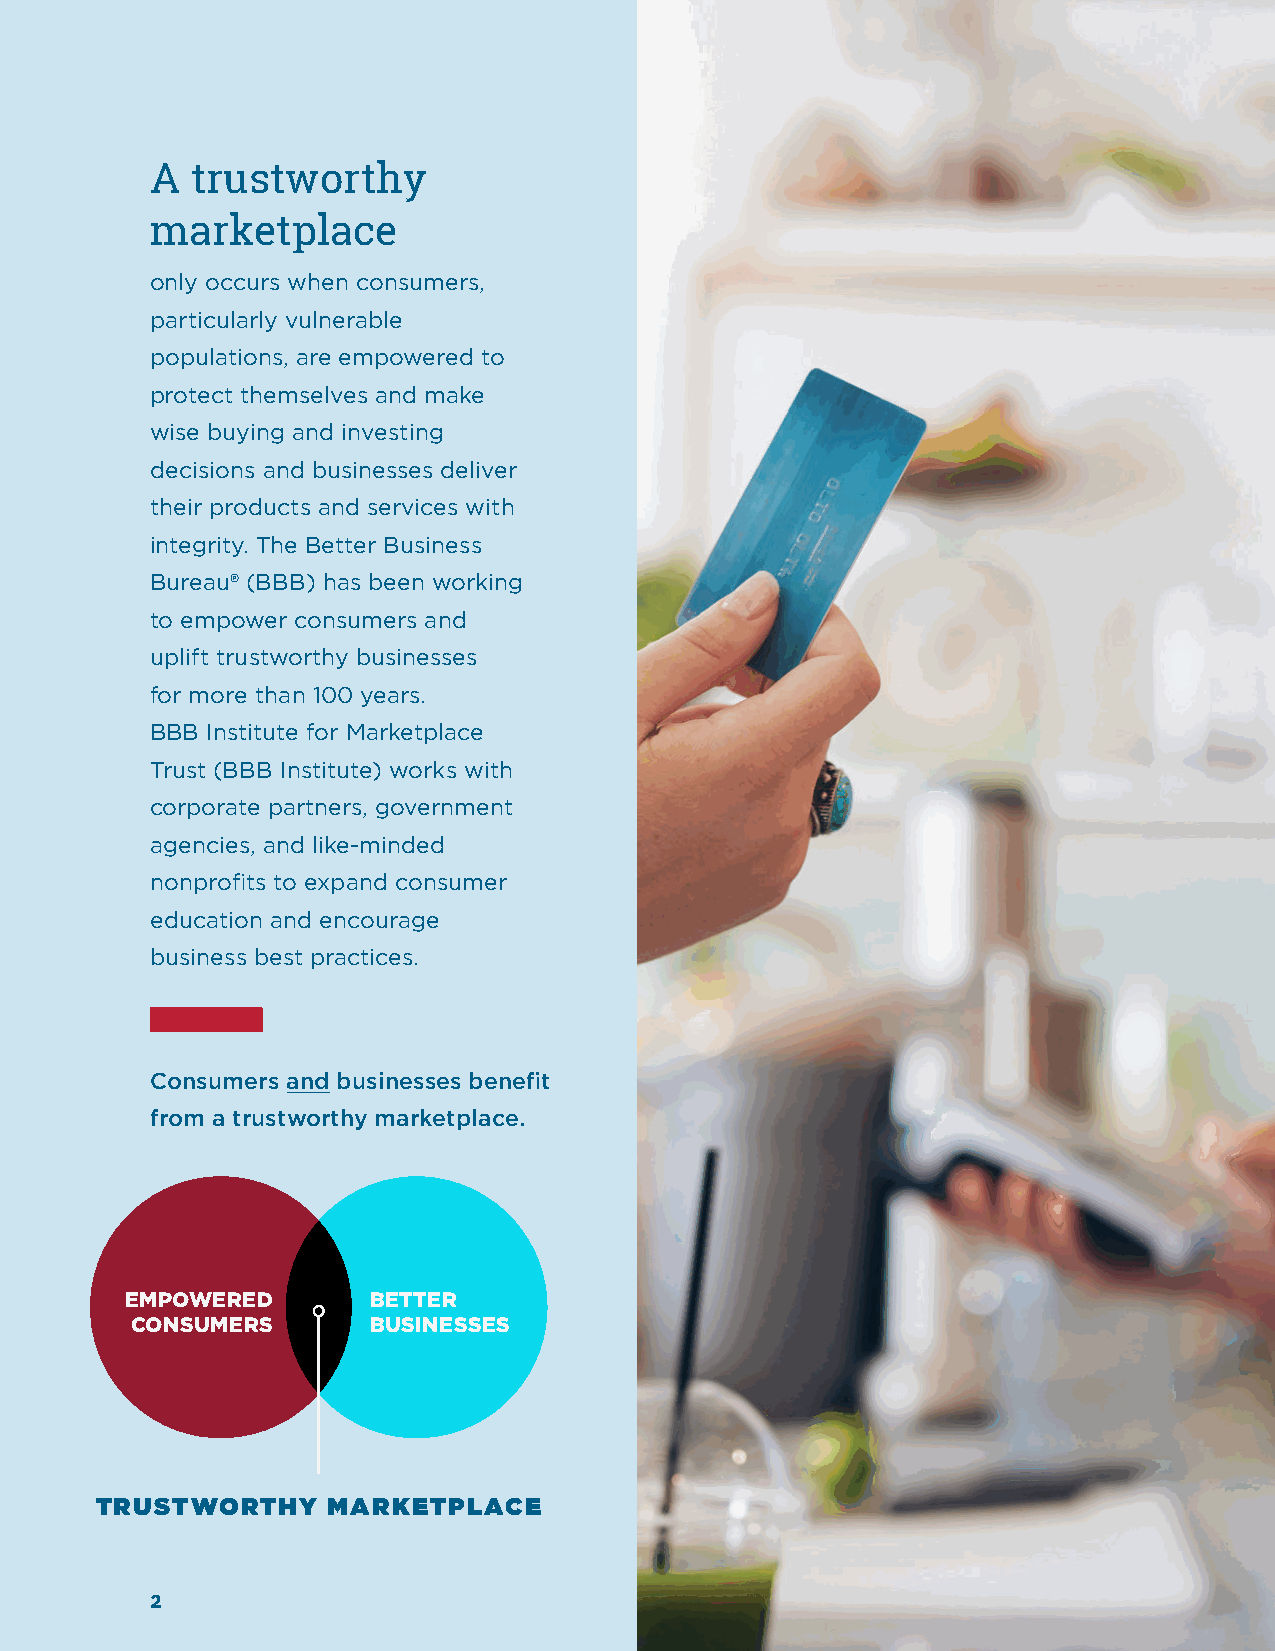
A  trustworthy
 marketplace
 only occurs when consumers,
 particularly vulnerable
 populations, are empowered to
 protect themselves and make
 wise buying and investing
 decisions and businesses deliver
 their products and services with
 integrity. The Better Business
 Bureau® (BBB) has been working
 to empower consumers and
 uplift trustworthy businesses
 for more than 100 years.
 BBB Institute for Marketplace
 Trust (BBB Institute) works with
 corporate partners, government
 agencies, and like-minded
 nonprofits to expand consumer
 education and encourage
 business best practices.
 Consumers and businesses benefit
 from a trustworthy marketplace.
 EMPOWERED       BETTER
 CONSUMERS      BUSINESSES
 TRUSTWORTHY     MARKETPLACE
 2